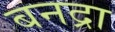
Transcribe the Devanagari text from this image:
बनद्रा